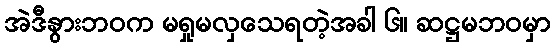
အဲဒီနွားဘဝက မရှုမလှသေရတဲ့အခါ ၆။ ဆဋ္ဌမဘဝမှာ